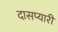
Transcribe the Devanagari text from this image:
दासप्यारी